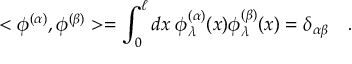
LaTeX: < \phi ^ { ( \alpha ) } , \phi ^ { ( \beta ) } > = \int _ { 0 } ^ { \ell } d x \; \phi _ { \lambda } ^ { ( \alpha ) } ( x ) \phi _ { \lambda } ^ { ( \beta ) } ( x ) = \delta _ { \alpha \beta } \quad .